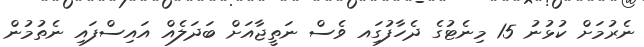
ނެރުމަށް ކުޅުނު 15 މިނެޓުގެ ދެހާފުގަިއ ވެސް ނަތީޖާއަށް ބަދަލެއް އައިސްފައި ނެތުމުން